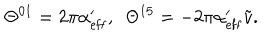
\Theta ^ { 0 1 } = 2 \pi \alpha _ { \mathrm { e f f } } ^ { \prime } , \ \ \Theta ^ { 1 5 } = - 2 \pi \alpha _ { \mathrm { e f f } } ^ { \prime } \tilde { v } .